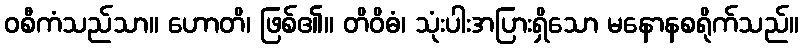
ဝစီကံသည်သာ။ ဟောတိ၊ ဖြစ်၏။ တိဝိဓံ၊ သုံးပါးအပြားရှိသော မနောနစရိုက်သည်။